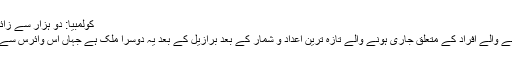
کولمبیا: دو ہزار سے زائد حاملہ خواتین زکا وائرس سے متاثر
کولمبیا میں زکا وائرس سے متاثر ہونے والے افراد کے متعلق جاری ہونے والے تازہ ترین اعداد و شمار کے بعد برازیل کے بعد یہ دوسرا ملک ہے جہاں اس وائرس سے سب سے زیادہ افراد متاثر ہوئے ہیں۔